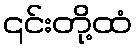
၎င်းတို့ထံ